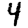
Digit: 4